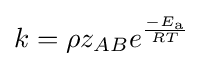
k=\rho z_{AB}e^{\frac {-E_{\text{a}}}{RT}}